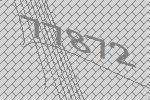
77872